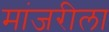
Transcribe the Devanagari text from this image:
मांजरीला